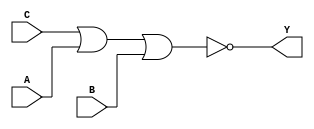
module sky130_fd_sc_ls__nor3 (
    Y,
    A,
    B,
    C
);

    // Module ports
    output Y;
    input  A;
    input  B;
    input  C;

    // Local signals
    wire nor0_out_Y;

    //  Name  Output      Other arguments
    nor nor0 (nor0_out_Y, C, A, B        );
    buf buf0 (Y         , nor0_out_Y     );

endmodule